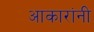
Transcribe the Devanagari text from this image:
आकारांनी